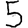
Digit: 5